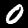
Digit: 0